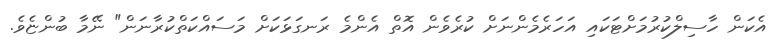
އެކަން ހާސިލްކުރުމަށްޓަކައި އަހަރެމެންނަށް ކުރެވެން އޮތް އެންމެ ރަނގަޅަކަށް މަސައްކަތްކުރާނަން" ނޭމާ ބުންޏެވެ.